Vaccination in the Punjab 1905-1918 - 1905-1918
Year: 1905
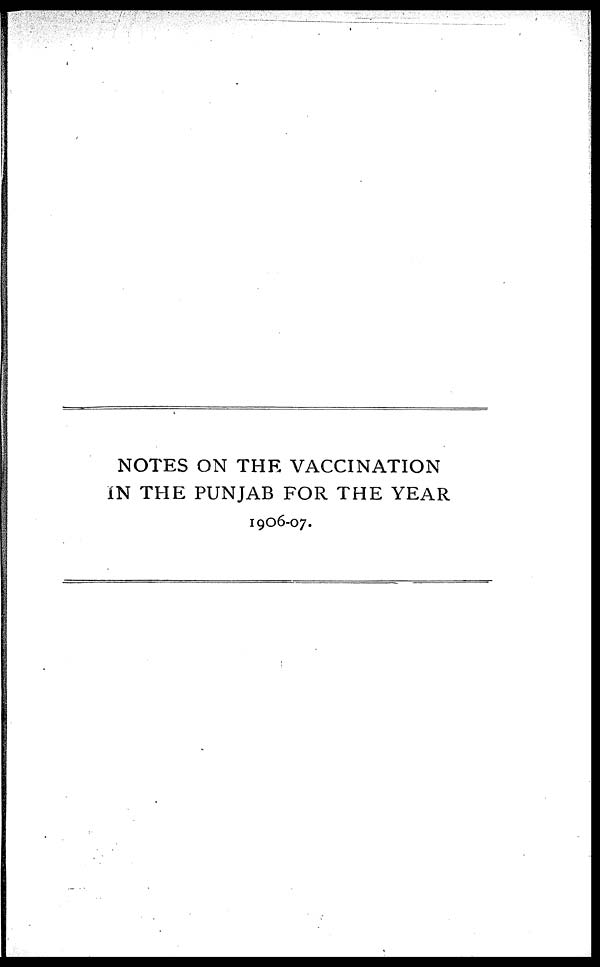
NOTES ON THE VACCINATION
IN THE PUNJAB FOR THE YEAR
1906-07.